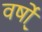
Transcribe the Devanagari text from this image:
वर्षो्ं